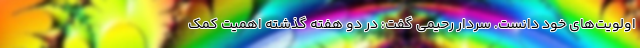
اولویت‌های خود دانست. سردار رحیمی گفت: در دو هفته گذشته اهمیت کمک